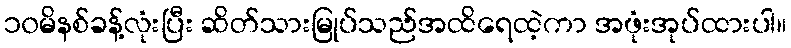
၁၀မိနစ်ခန့်လုံးပြီး ဆိတ်သားမြုပ်သည်အထိရေထဲ့ကာ အဖုံးအုပ်ထားပါ။